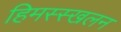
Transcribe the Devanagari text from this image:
हिमस्स्खलन